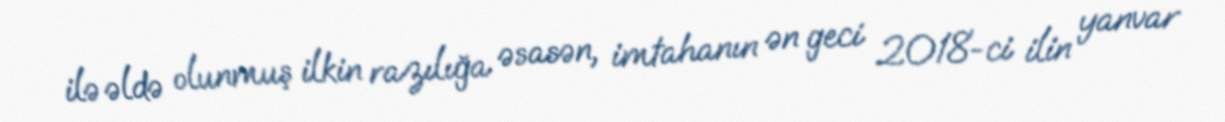
ilə əldə olunmuş ilkin razılığa əsasən, imtahanın ən geci 2018-ci ilin yanvar